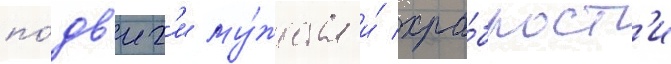
по́дв'иг'и му́жества и́ хра́брост'и